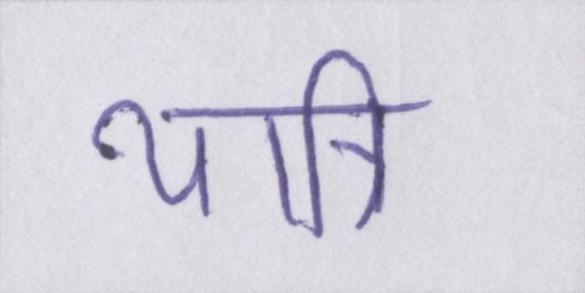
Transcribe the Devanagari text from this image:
यात्रि